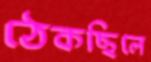
ঠেকছিলে